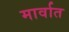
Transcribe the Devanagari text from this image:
मार्वात